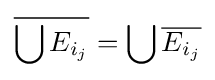
{\overline {\bigcup E_{i_{j}}}}=\bigcup {\overline {E_{i_{j}}}}